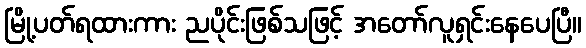
မြို့ပတ်ရထားကား ညပိုင်းဖြစ်သဖြင့် အတော်လူရှင်းနေပေပြီ။